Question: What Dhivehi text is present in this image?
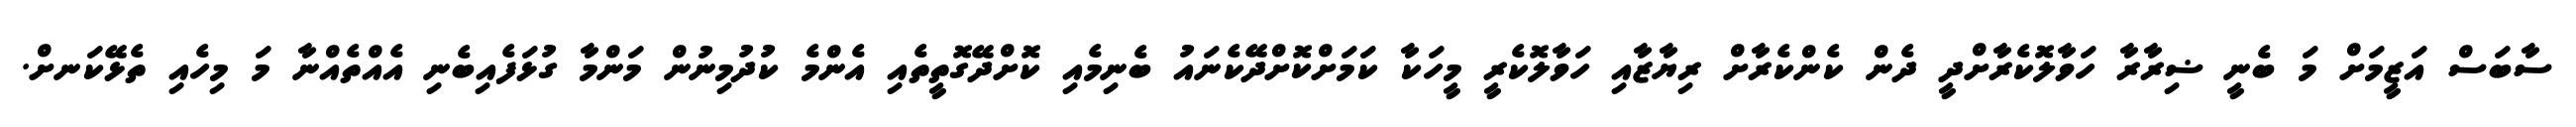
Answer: ސާބަސް އަޒީމަށް މަ ބެނީ ޟިރާރާ ހަވާލޮކެރާށްދީ ދެން ކެންކެރާށް ރިޔާޒާއި ހަވާލޮކެރީ މީހަކާ ކަމަށްކޮށްދޭކެނައު ބެނިމެއި ކޮށްދޭގޮތީތެއި އެންމެ ކުދުމިނުން މަންމާ ގުޅަފެއިބެނި އެއްތެއްނާ މަ މިހެއި ތެޅޭކަނށް.